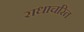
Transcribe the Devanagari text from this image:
राधाचरित